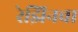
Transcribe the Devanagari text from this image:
रेझिनचा